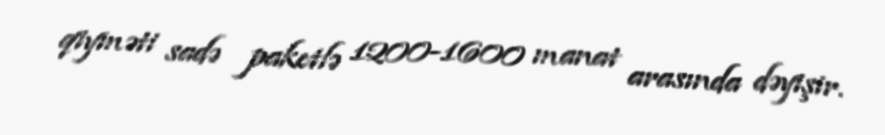
qiyməti sadə paketlə 1200-1600 manat arasında dəyişir.